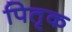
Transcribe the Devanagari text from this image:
पितृक